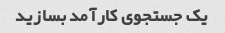
یک جستجوی کارآمد بسازید